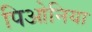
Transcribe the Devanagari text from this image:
पिओनिया